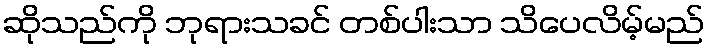
ဆိုသည်ကို ဘုရားသခင် တစ်ပါးသာ သိပေလိမ့်မည်